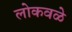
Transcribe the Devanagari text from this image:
लोकवळे